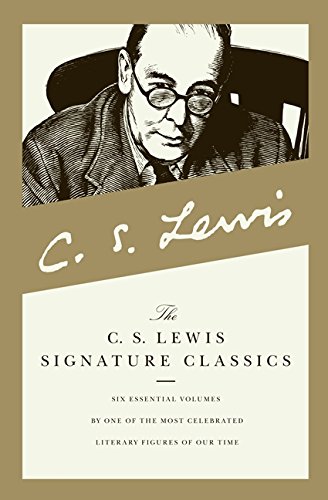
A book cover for C. S. Lewis Signature Classics: Mere Christianity, The Screwtape Letters, A Grief Observed, The Problem of Pain, Miracles, and The Great Divorce (Boxed Set); C. S. Lewis; Literature & Fiction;